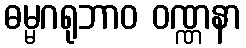
ဓမ္မဂရုဘာဝ ဝဏ္ဏနာ